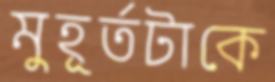
মুহূর্তটাকে